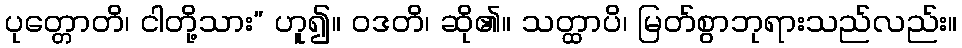
ပုတ္တောတိ၊ ငါတို့သား” ဟူ၍။ ဝဒတိ၊ ဆို၏။ သတ္ထာပိ၊ မြတ်စွာဘုရားသည်လည်း။